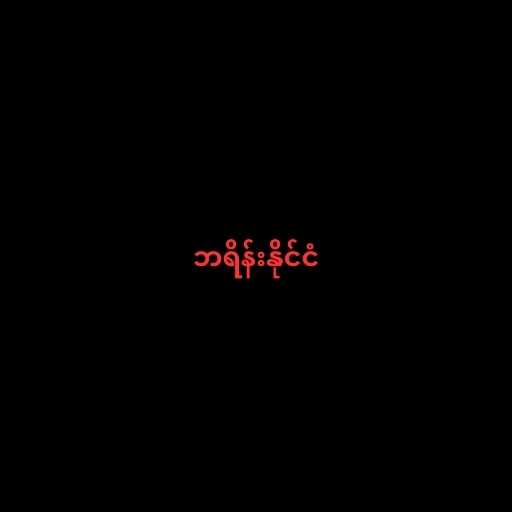
ဘရိန်းနိုင်ငံ